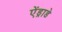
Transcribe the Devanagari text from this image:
ऐंड्राडे